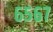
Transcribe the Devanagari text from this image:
६५६७